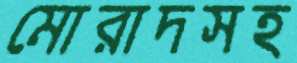
মোরাদসহ